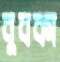
বুবকা